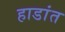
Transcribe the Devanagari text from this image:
हाडांत